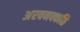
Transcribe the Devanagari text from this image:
अरवनक्कळि